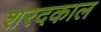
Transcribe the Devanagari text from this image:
शरदकाल